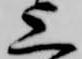
上